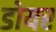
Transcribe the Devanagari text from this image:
डोयर